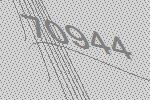
70944